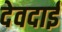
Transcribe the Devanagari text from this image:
देवदाई